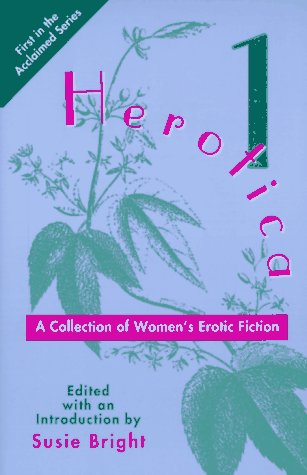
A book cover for Herotica: A Collection of Women's Erotic Fiction; Romance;